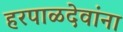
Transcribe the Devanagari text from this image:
हरपाळदेवांना